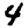
Digit: 4